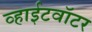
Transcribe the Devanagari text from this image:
व्हाईटवॉटर